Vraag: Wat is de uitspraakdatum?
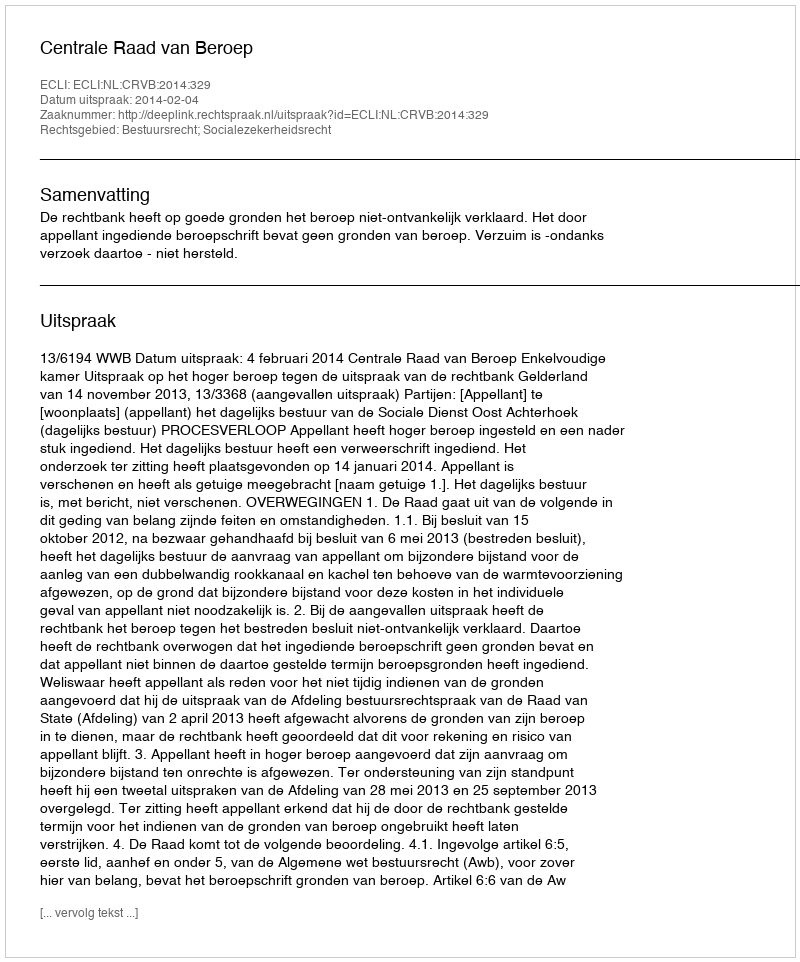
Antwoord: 2014-02-04